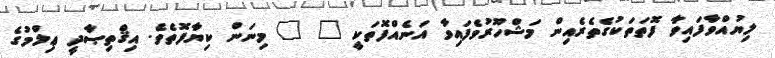
ލިޔުއްވާފައިވާ ފޮތަތަކުގެތެރެއިން މަޝްހޫރުވެފައިވާ އަނެއްފޮތަކީ " " މިނަން ކިޔާފޮތެވެ. އިޤްތިޞާދީ ޢިލްމުގެ